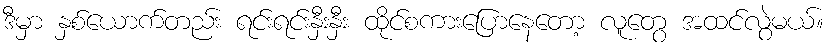
ဒီမှာ နှစ်ယောက်တည်း ရင်းရင်းနှီးနှီး ထိုင်စကားပြောနေတော့ လူတွေ အထင်လွဲမယ်။